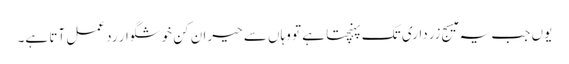
یوں جب یہ میسج زرداری تک پہنچتا ہے تو وہاں سے حیران کن خوشگوار رد عمل آتا ہے۔